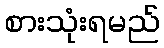
စားသုံးရမည်